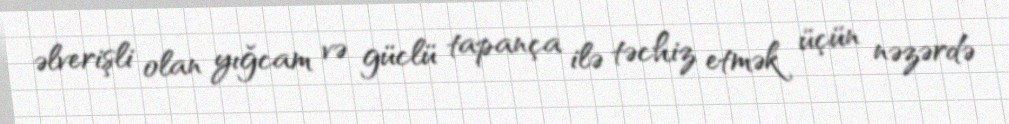
əlverişli olan yığcam və güclü tapança ilə təchiz etmək üçün nəzərdə